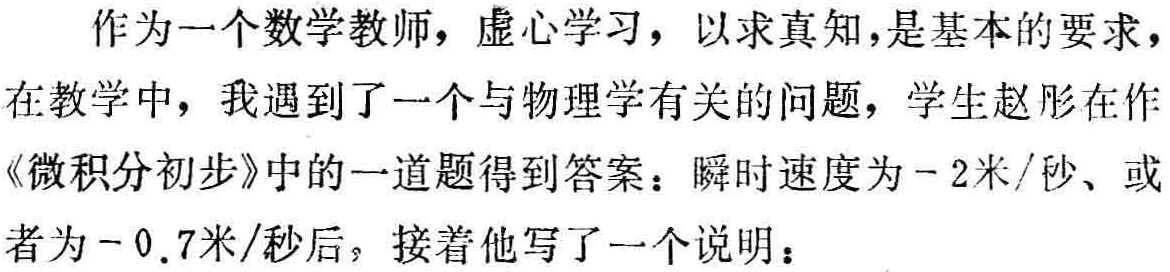
作为一个数学教师，虚心学习，以求真知,是基本的要求，在教学中，我遇到了一个与物理学有关的问题，学生赵彤在作《微积分初步》中的一道题得到答案：瞬时速度为$-2$米/秒、或者为$-0.7$米/秒后，接着他写了一个说明：